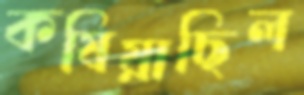
কষিয়াছিল